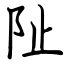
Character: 阯